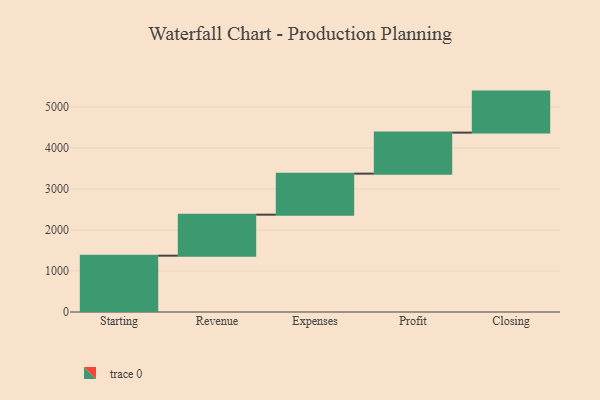
{"axis": {"x": "Step", "y": "Value"}, "legend": [""], "data": [{"x": "Starting", "y": 1373.0, "type": ""}, {"x": "Revenue", "y": 1000, "type": ""}, {"x": "Expenses", "y": 1000, "type": ""}, {"x": "Profit", "y": 1000, "type": ""}, {"x": "Closing", "y": 1000, "type": ""}]}